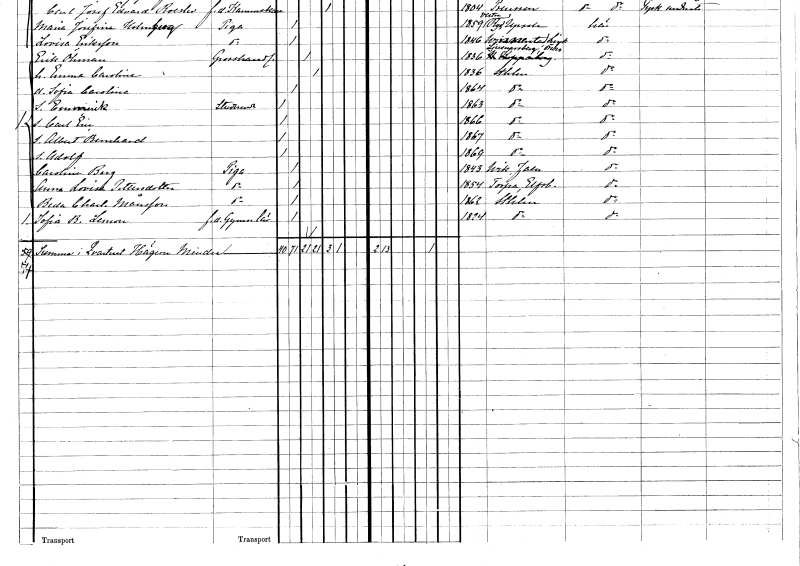
gt_parse: households: individuals: FN: Erik
EN: Öhman
YRKE: Grosshandlare
KON: M
CIV: G
FODAR: 1836
FODFORS: Ljusnarsberg Örebro län
FN: Emma Carolina
KON: K
CIV: G
FODAR: 1836
FODFORS: Stockholm
FN: Sofia Carolina
KON: K
CIV: O
FODAR: 1864
FODFORS: Stockholm
FN: Emmerik
YRKE: Studerande
KON: M
CIV: O
FODAR: 1863
FODFORS: Stockholm
FN: Carl Eric
KON: M
CIV: O
FODAR: 1866
FODFORS: Stockholm
FN: Albert Bernhard
KON: M
CIV: O
FODAR: 1867
FODFORS: Stockholm
FN: Adolf
KON: M
CIV: O
FODAR: 1869
FODFORS: Stockholm
FN: Carolina
EN: Berg
YRKE: Piga
KON: K
CIV: O
FODAR: 1843
FODFORS: Vika Kopparbergs län
FN: Anna Lovisa
EN: Pettersdotter
YRKE: Piga
KON: K
CIV: O
FODAR: 1854
FODFORS: Torpa Älvsborgs län
FN: Beda Charlotta
EN: Månsson
YRKE: Piga
KON: K
CIV: O
FODAR: 1862
FODFORS: Stockholm
FN: Sofia Rebecka
EN: Lemon
YRKE: Gymnastiklärarinna f.d.
KON: K
CIV: O
FODAR: 1824
FODFORS: Stockholm